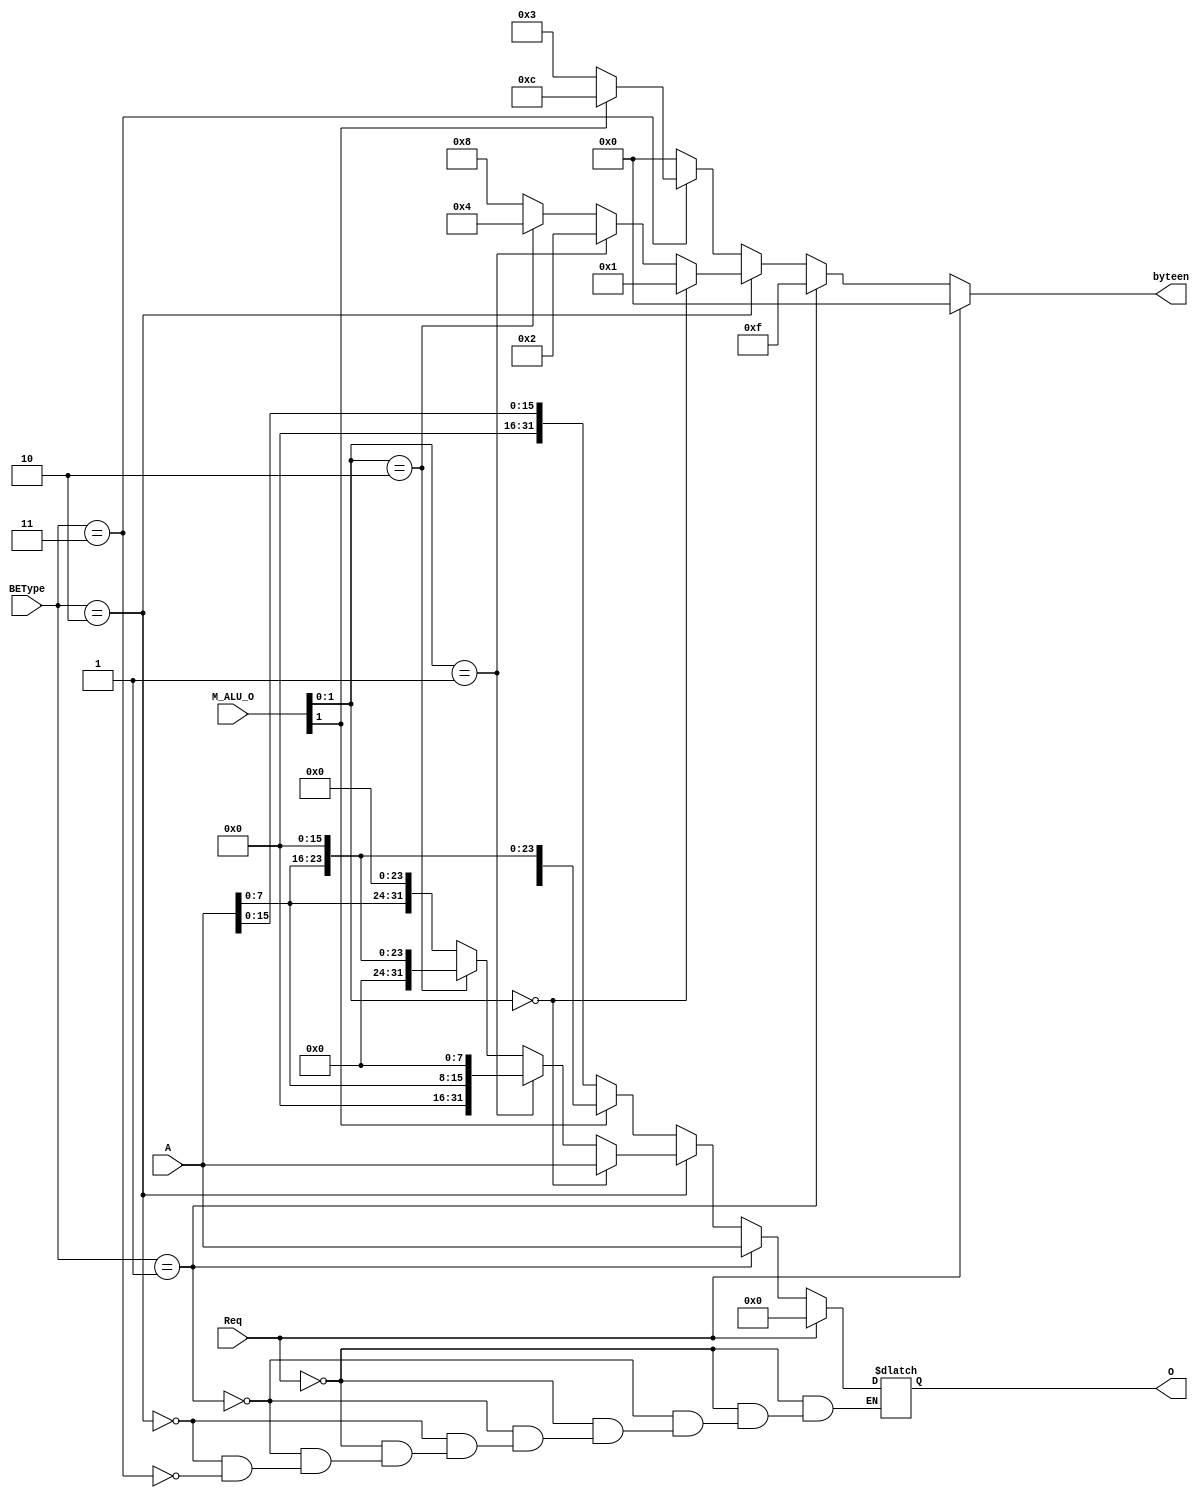
`timescale 1ns / 1ps
//////////////////////////////////////////////////////////////////////////////////
// Company: 
// Engineer: 
// 
// Design Name: 
// Module Name:    BE 
// Project Name: 
// Target Devices: 
// Tool versions: 
// Description: 
//
// Dependencies: 
//
// Revision: 
// Revision 0.01 - File Created
// Additional Comments: 
//
//////////////////////////////////////////////////////////////////////////////////
module BE(
    input [31:0] M_ALU_O,
    input [3:0] BEType,
    input [31:0] A,
	 input Req,
    output reg [31:0] O,
	 output reg [3:0] byteen
    );
	 initial begin
		O = 32'h00000000;
		byteen = 4'b0000;
	 end
	 always@(*) begin
		if (Req) begin
			O = 32'h00000000;
			byteen = 4'b0000;
		end
		else begin
			if (BEType == 4'b0001) begin
				O = A;
				byteen = 4'b1111;
			end
			else if (BEType == 4'b0010) begin
				if (M_ALU_O[1:0] == 2'b00) begin
					O = A;
					byteen = 4'b0001;
				end
				else if (M_ALU_O[1:0] == 2'b01) begin
					O = {16'h0000, A[7:0], 8'h00};
					byteen = 4'b0010;
				end
				else if (M_ALU_O[1:0] == 2'b10) begin
					O = {8'h00, A[7:0], 16'h0000};
					byteen = 4'b0100;
				end
				else begin
					O = {A[7:0], 24'h000000};
					byteen = 4'b1000;
				end
			end
			else if (BEType == 4'b0011) begin
				if (M_ALU_O[1] == 1'b0) begin
					O = {16'h0000, A[15:0]};
					byteen = 4'b0011;
				end
				else begin
					O = {A[15:0], 16'h0000};
					byteen = 4'b1100;
				end
			end
			else begin
				byteen = 4'b0000;
			end
		end
	 end
endmodule